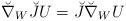
LaTeX: \begin{align*}\breve{\nabla}_{W}\breve{J}U=\breve{J}\breve{\nabla}_{W}U \end{align*}